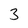
Character: 3